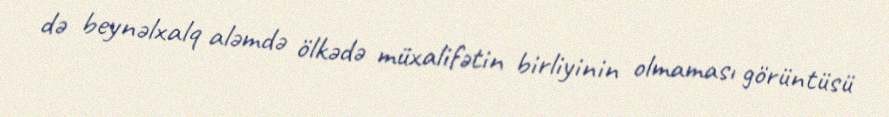
də beynəlxalq aləmdə ölkədə müxalifətin birliyinin olmaması görüntüsü